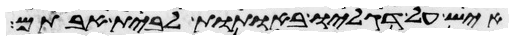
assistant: איש על דגליו באתות לבית אבותם